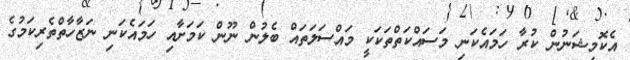
އެކޮމިޝަނުން ކުރާ ހަމައެކަނި މަސައްކަތްތަކަކީ މައްސަލަތައް ބެލުން ނޫން ކަމަށާއި ހަމައެކަނި ނަޒާހާތްތެރިކަމުގެ